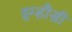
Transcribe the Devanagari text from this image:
इम्हौसी